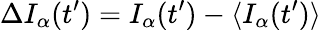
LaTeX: \Delta I_{\alpha}(t^{\prime})=I_{\alpha}(t^{\prime})-\langle I_{\alpha}(t^{\prime})\rangle